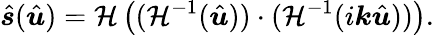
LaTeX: \hat{\boldsymbol s}(\hat{\boldsymbol u})=\mathcal{H}\left((\mathcal{H}^{-1}(\hat{\boldsymbol u}))\cdot(\mathcal{H}^{-1}(i\boldsymbol k\hat{\boldsymbol u}))\right).